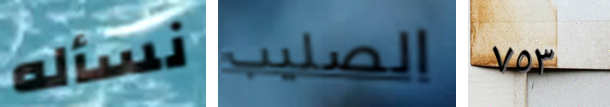
نسأله الصليب ٧٥٣